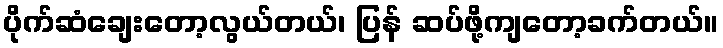
ပိုက်ဆံချေးတော့လွယ်တယ်၊ ပြန် ဆပ်ဖို့ကျတော့ခက်တယ်။